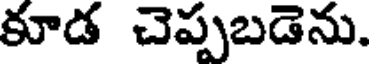
కూడ చెప్పబడెను.